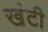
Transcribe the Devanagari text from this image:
खंटी